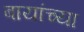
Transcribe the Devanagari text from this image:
बायांच्या